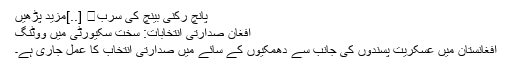
پانچ رکنی بینچ کی سرب� [..]مزید پڑھیں
افغان صدارتی انتخابات: سخت سکیورٹی میں ووٹنگ
افغانستان میں عسکریت پسندوں کی جانب سے دھمکیوں کے سائے میں صدارتی انتخاب کا عمل جاری ہے۔